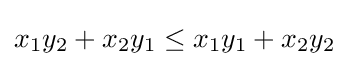
x_{1}y_{2}+x_{2}y_{1}\leq x_{1}y_{1}+x_{2}y_{2}